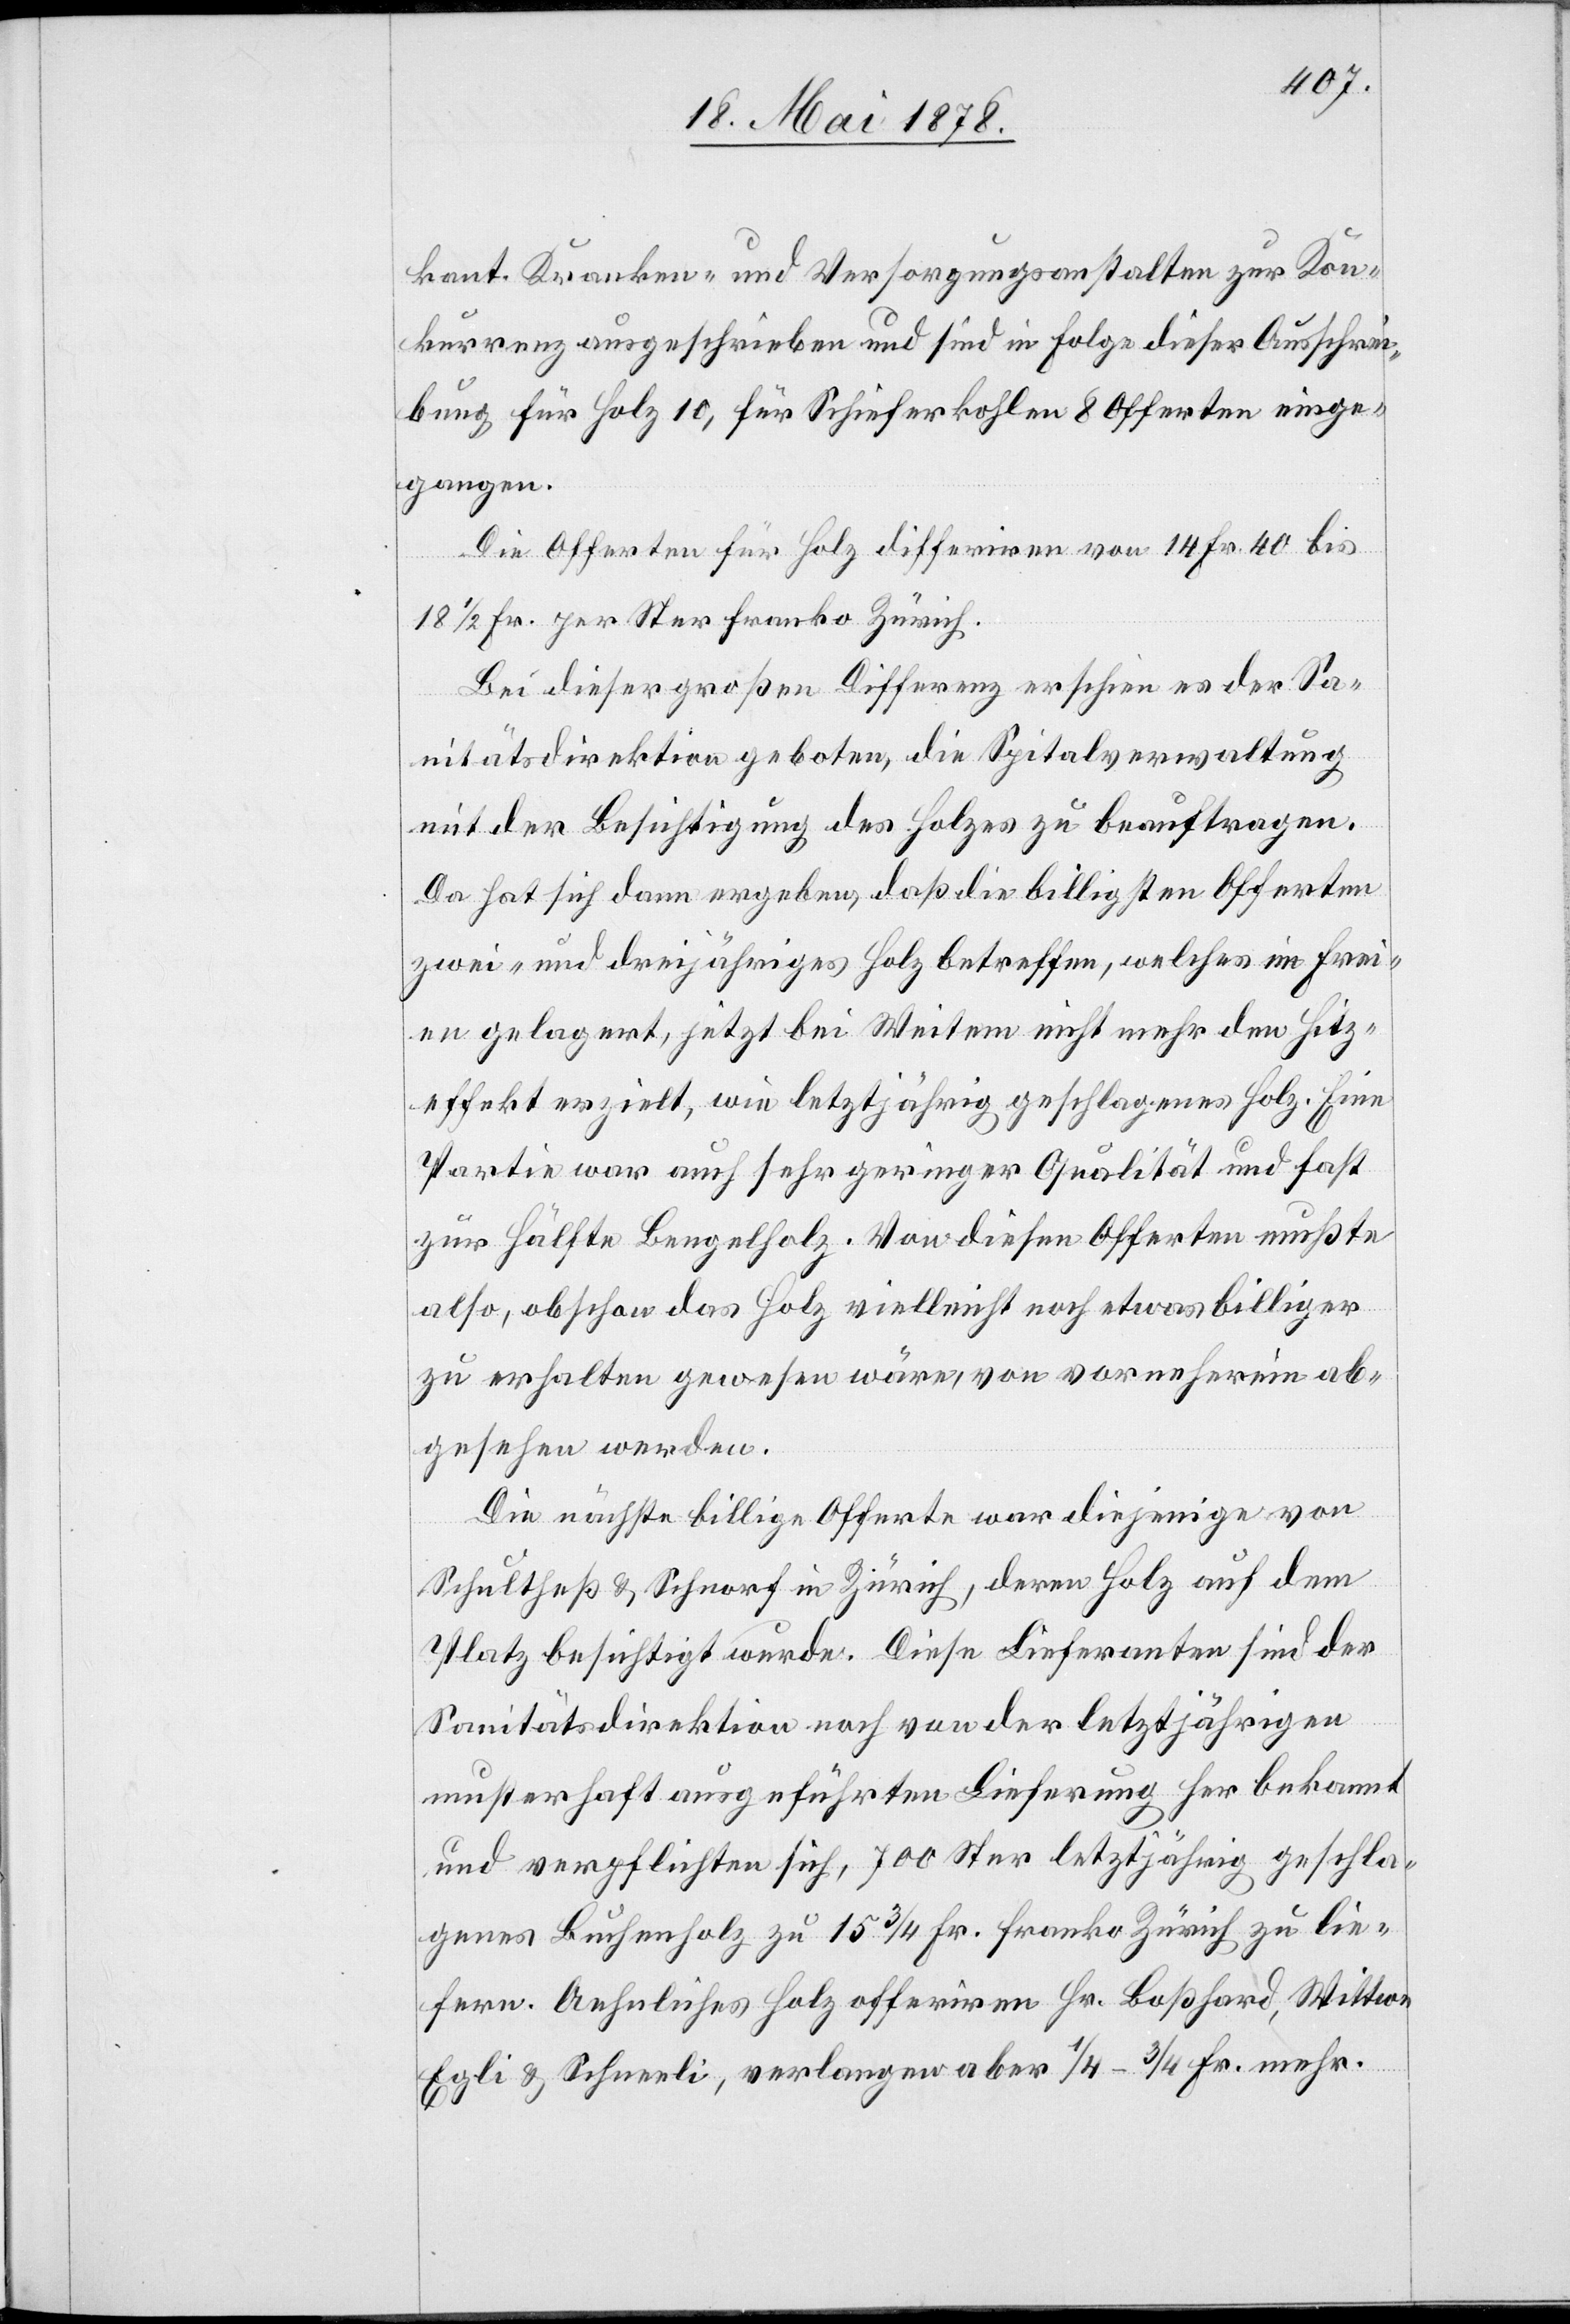
kant. Kranken- und Versorgungsanstalten zur Kon¬
kurrenz ausgeschrieben und sind in Folge dieser Ausschrei¬
bung für Holz 10, für Schieferkohlen 8 Offerten einge¬
gangen.
Die Offerten für Holz differiren von 14 Fr. 40 bis
18 1/2 Fr. per Ster franko Zürich.
Bei dieser großen Differenz erschien es der Sa¬
nitätsdirektion geboten, die Spitalverwaltung
mit der Besichtigung des Holzes zu beauftragen.
Da hat sich dann ergeben, daß die billigsten Offerten
zwei- und dreijähriges Holz betreffen, welches im Frei¬
en gelagert, jetzt bei Weitem nicht mehr den Hitz¬
effekt erzielt, wie letztjährig geschlagenes Holz. Eine
Partie war auch sehr geringer Qualität und fast
zur Hälfte Bengelholz. Von diesen Offerten mußte
also, obschon das Holz vielleicht noch etwas billiger
zu erhalten gewesen wäre, von vorneherein ab¬
gesehen werden.
Die nächste billige Offerte war diejenige von
Schultheß & Schnorf in Zürich, deren Holz auf dem
Platz beseitigt wurde. Diese Lieferanten sind der
Sanitätsdirektion noch von der letztjährigen
musterhaft ausgeführten Lieferung her bekannt
und verpflichten sich, 700 Ster letztjährig geschla¬
genes Buchenholz zu 15 3/4 Fr. franko Zürich zu lie¬
fern. Aehnliches Holz offeriren Hr. Boßhard, Wittwe
Egli & Schneeli, verlangen aber 1/4 – 3/4 Fr. mehr.